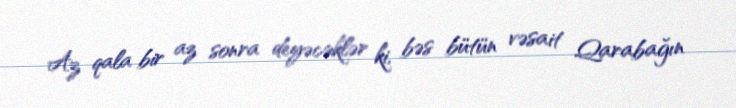
Az qala bir az sonra deyəcəklər ki, bəs bütün vəsait Qarabağın